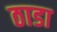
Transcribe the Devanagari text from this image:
ठाडा